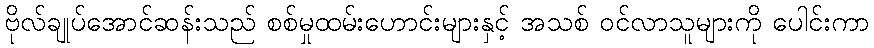
ဗိုလ်ချုပ်အောင်ဆန်းသည် စစ်မှုထမ်းဟောင်းများနှင့် အသစ် ဝင်လာသူများကို ပေါင်းကာ